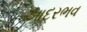
આદરભવ